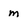
Character: m